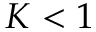
K < 1